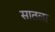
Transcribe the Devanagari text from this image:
सातला